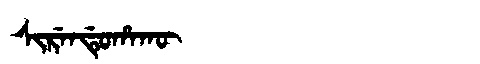
Manchu: ᠰᡳᡵᡝᠨᡩᡠᡥᠠᡴᡡ
Romanization: SIRENDUHAKŪ